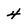
Character: 4